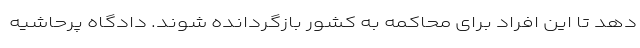
دهد تا این افراد برای محاکمه به کشور بازگردانده شوند. دادگاه پرحاشیه